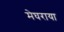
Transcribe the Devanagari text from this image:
मेघराया